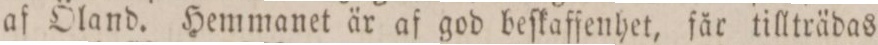
af Öland. Hemmanet är af god beſkaffenhet, får tillträdas